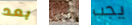
بعد أيها يجب